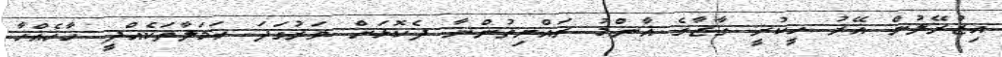
އިޒްރޭލުން އޭރު ހީކުރީ ގާޒާގެ އާންމު ރައްޔިތުންނާ ދެކޮޅަށް ވަރުގަދަ ހަމަލާތަކެއްދީ ހާހެއްހާ